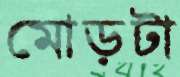
মোড়টা